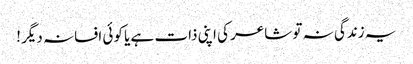
یہ زندگی نہ تو شاعر کی اپنی ذات ہے یا کوئی افسانہ دیگر !